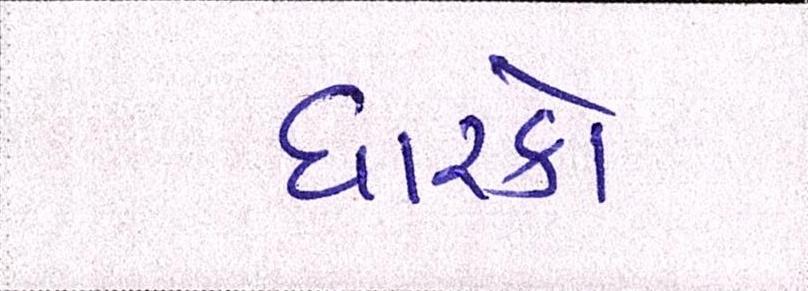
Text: ધારકો